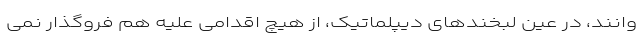
وانند، در عین لبخندهای دیپلماتیک، از هیچ اقدامی علیه هم فروگذار نمی